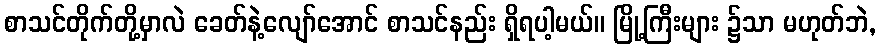
စာသင်တိုက်တို့မှာလဲ ခေတ်နဲ့လျော်အောင် စာသင်နည်း ရှိရပါ့မယ်။ မြို့ကြီးများ ၌သာ မဟုတ်ဘဲ,